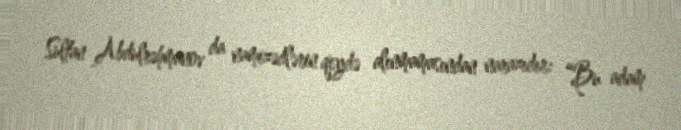
Sultan Abdulrəhmanov da namizədlərin qeydə alınmamasından narazıdır: “Bu adam